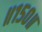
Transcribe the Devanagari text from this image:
॥१५०॥